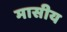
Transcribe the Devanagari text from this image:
मासीय